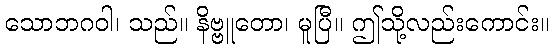
သောဘဂဝါ၊ သည်။ နိဗ္ဗူတော၊ မူပြီ။ ဤသို့လည်းကောင်း။